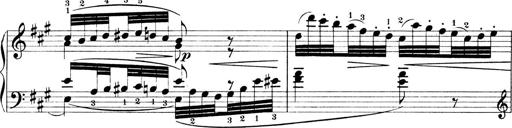
Title: 4 Sonatines
Composer: Max Reger